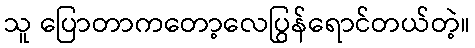
သူ ပြောတာကတော့လေပြွန်ရောင်တယ်တဲ့။